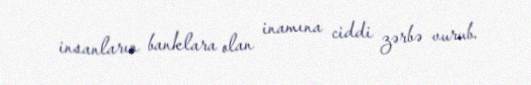
insanların banklara olan inamına ciddi zərbə vurub.